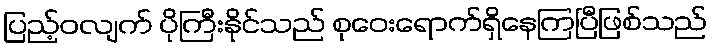
ပြည့်ဝလျက် ပိုကြီးနိုင်သည် စုဝေးရောက်ရှိနေကြပြီဖြစ်သည်